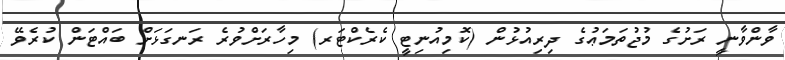
ވާންވާނީ ރަށުގެ މުޖުތަމަޢުގެ ދިރިއުޅުން (ކޮމިއުނިޓީ ކެރެކްޓަރ) މިހާރަށްވުރެ ރަނގަޅަށް ބައްޓަން ކުރެވޭ